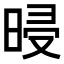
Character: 𣆲